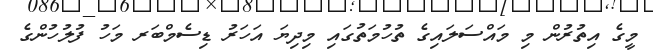
މީގެ އިތުރުން މި މައްސަލައިގެ ތުހުމަތުގައި މިދިޔަ އަހަރު ޑިސެމްބަރ މަހު ފުލުހުންގެ